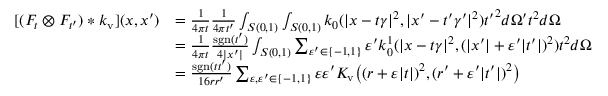
\begin{array} { r l } { [ ( F _ { t } \otimes F _ { t ^ { \prime } } ) * k _ { \mathrm { v } } ] ( x , x ^ { \prime } ) } & { = \frac { 1 } { 4 \pi t } \frac { 1 } { 4 \pi t ^ { \prime } } \int _ { S ( 0 , 1 ) } \int _ { S ( 0 , 1 ) } k _ { 0 } ( | x - t \gamma | ^ { 2 } , | x ^ { \prime } - t ^ { \prime } \gamma ^ { \prime } | ^ { 2 } ) { t ^ { \prime } } ^ { 2 } d \Omega ^ { \prime } t ^ { 2 } d \Omega } \\ & { = \frac { 1 } { 4 \pi t } \frac { \mathrm { s g n } ( t ^ { \prime } ) } { 4 | x ^ { \prime } | } \int _ { S ( 0 , 1 ) } \sum _ { \varepsilon ^ { \prime } \in \{ - 1 , 1 \} } \varepsilon ^ { \prime } k _ { 0 } ^ { 1 } ( | x - t \gamma | ^ { 2 } , ( | x ^ { \prime } | + \varepsilon ^ { \prime } | t ^ { \prime } | ) ^ { 2 } ) t ^ { 2 } d \Omega } \\ & { = \frac { \mathrm { s g n } ( t t ^ { \prime } ) } { 1 6 r r ^ { \prime } } \sum _ { \varepsilon , \varepsilon ^ { \prime } \in \{ - 1 , 1 \} } \varepsilon \varepsilon ^ { \prime } K _ { \mathrm { v } } \big ( ( r + \varepsilon | t | ) ^ { 2 } , ( r ^ { \prime } + \varepsilon ^ { \prime } | t ^ { \prime } | ) ^ { 2 } \big ) } \end{array}